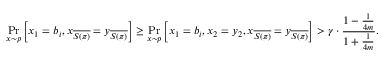
\operatorname* { P r } _ { x \sim p } \left[ x _ { 1 } = b _ { i } , x _ { \overline { { S ( \pi ) } } } = y _ { \overline { { S ( \pi ) } } } \right] \ge \operatorname* { P r } _ { x \sim p } \left[ x _ { 1 } = b _ { i } , x _ { 2 } = y _ { 2 } , x _ { \overline { { S ( \pi ) } } } = y _ { \overline { { S ( \pi ) } } } \right] > \gamma \cdot \frac { 1 - \frac { 1 } { 4 m } } { 1 + \frac { 1 } { 4 m } } .